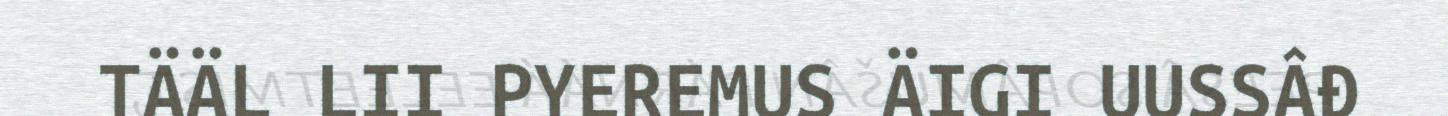
TÄÄL LII PYEREMUS ÄIGI UUSSÂĐ